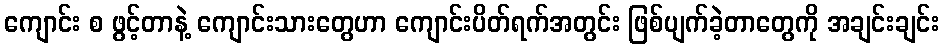
ကျောင်း စ ဖွင့်တာနဲ့ ကျောင်းသားတွေဟာ ကျောင်းပိတ်ရက်အတွင်း ဖြစ်ပျက်ခဲ့တာတွေကို အချင်းချင်း